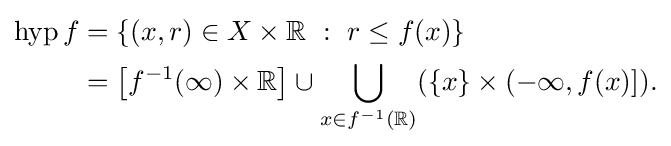
{\begin{alignedat}{4}\operatorname {hyp} f&=\left\{(x,r)\in X\times \mathbb {R} ~:~r\leq f(x)\right\}\\&=\left[f^{-1}(\infty )\times \mathbb {R} \right]\cup \bigcup _{x\in f^{-1}(\mathbb {R} )}(\{x\}\times (-\infty ,f(x)]).\end{alignedat}}